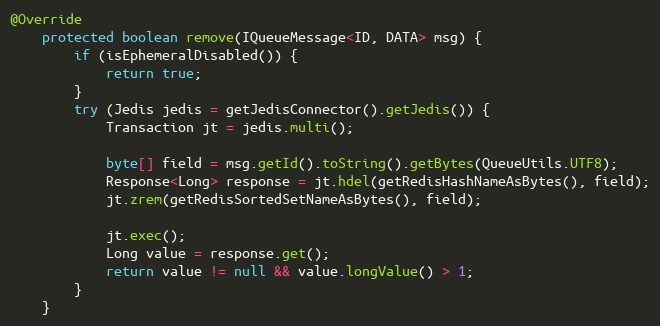
Language: Java
@Override
    protected boolean remove(IQueueMessage<ID, DATA> msg) {
        if (isEphemeralDisabled()) {
            return true;
        }
        try (Jedis jedis = getJedisConnector().getJedis()) {
            Transaction jt = jedis.multi();

            byte[] field = msg.getId().toString().getBytes(QueueUtils.UTF8);
            Response<Long> response = jt.hdel(getRedisHashNameAsBytes(), field);
            jt.zrem(getRedisSortedSetNameAsBytes(), field);

            jt.exec();
            Long value = response.get();
            return value != null && value.longValue() > 1;
        }
    }